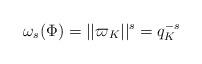
LaTeX: \begin{align*}\omega_s(\Phi) = ||\varpi_K||^s = q_K^{-s}\end{align*}